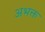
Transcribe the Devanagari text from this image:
अभक्त